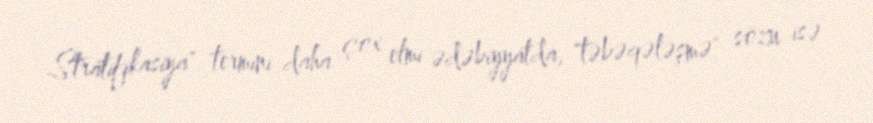
Stratifikasiya" termini daha çox elmi ədəbiyyatda, "təbəqələşmə" sözu isə